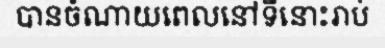
បានចំណាយពេលនៅទីនោះរាប់